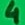
Text: 4